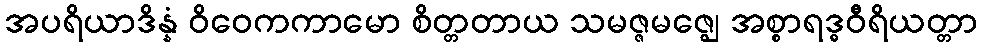
အပရိယာဒိန္နံ ဝိဝေကကာမော စိတ္တတာယ သမဇ္ဇမဇ္ဈေ အစ္စာရဒ္ဓဝီရိယတ္တာ